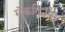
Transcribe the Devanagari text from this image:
मॅकगिनीस